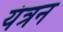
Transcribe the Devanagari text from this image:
यंत्रन